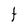
Character: t